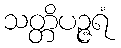
သတ္တိပဉ္ဇရံ